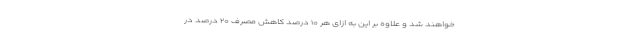
خواهند شد و علاوه بر این به ازای هر ۱۰ درصد کاهش مصرف ۲۰ درصد در